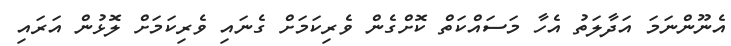
އެނޫންނަމަ އަދާލަތު އެހާ މަސައްކަތް ކޮށްގެން ވެރިކަމަށް ގެނައި ވެރިކަމަށް ލޮޅުން އަރައި